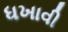
ધખાવી